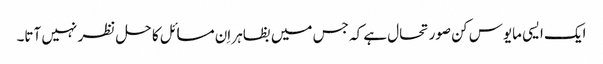
ایک ایسی مایوس کن صورتحال ہے کہ جس میں بظاہر اِن مسائل کا حل نظر نہیں آتا۔